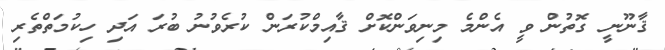
ޤާނޫނީ ގޮތުން ވީ އެންމެ މިނިވަންކޮށް ޤާއިމްކުރަން ކުރެވުނު ބުރަ އަދި ހިކުމަތްތެރި